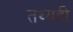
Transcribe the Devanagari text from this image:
तथ्यही